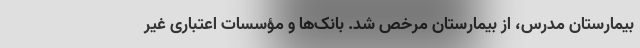
بیمارستان مدرس، از بیمارستان مرخص شد. بانک‌ها و مؤسسات اعتباری غیر